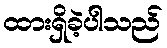
ထားရှိခဲ့ပါသည်